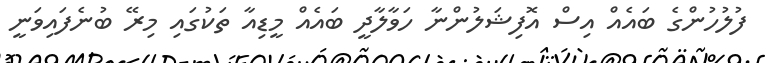
ފުލުހުންގެ ބައެއް އިސް އޮފިޝަލުންނާ ހަވާލާދީ ބައެއް މީޑިއާ ތަކުގައި މިރޭ ބުނެފައިވަނީ